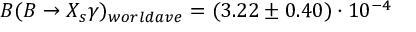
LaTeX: { \cal { B } } ( B \to X _ { s } \gamma ) _ { w o r l d a v e } = ( 3 . 2 2 \pm 0 . 4 0 ) \cdot 1 0 ^ { - 4 }